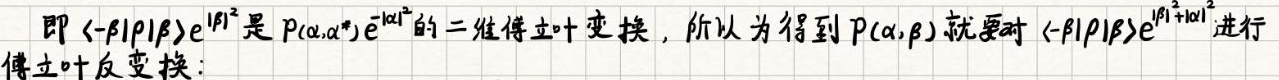
即 $\langle -\beta|\rho|\beta\rangle e^{|\beta|^{2}}$ 是 $P(\alpha,\alpha^{*})e^{-|\alpha|^{2}}$ 的二维傅立叶变换，所以为得到 $P(\alpha,\beta)$ 就要对 $\langle -\beta|\rho|\beta\rangle e^{|\beta|^{2}+|\alpha|^{2}}$ 进行傅立叶反变换：